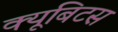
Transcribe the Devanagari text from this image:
क्यूबिटस